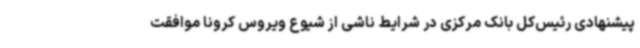
پیشنهادی رئیس‌کل بانک مرکزی در شرایط ناشی از شیوع ویروس کرونا موافقت